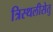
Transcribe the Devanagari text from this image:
त्रिस्थलीसेतु